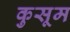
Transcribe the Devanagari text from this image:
कुसूम